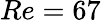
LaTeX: Re=67